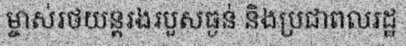
ម្ចាស់រថយន្តរងរបួសធ្ងន់ និងប្រជាពលរដ្ឋ